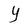
Character: Y